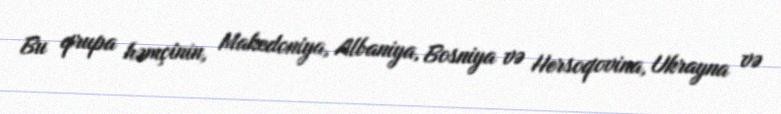
Bu qrupa həmçinin, Makedoniya, Albaniya, Bosniya və Hersoqovina, Ukrayna və